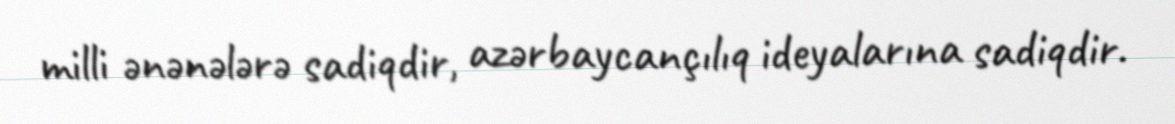
milli ənənələrə sadiqdir, azərbaycançılıq ideyalarına sadiqdir.